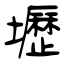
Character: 壢